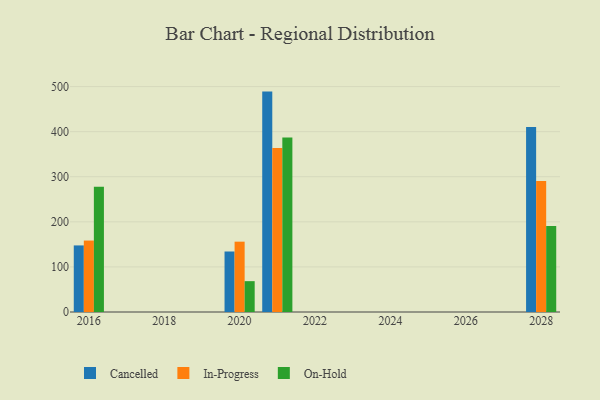
{"axis": {"x": "Year", "y": "Backlog"}, "legend": ["Cancelled", "In-Progress", "On-Hold"], "data": [{"x": "2020", "y": 134.2, "type": "Cancelled"}, {"x": "2020", "y": 156.0, "type": "In-Progress"}, {"x": "2020", "y": 68.4, "type": "On-Hold"}, {"x": "2028", "y": 410.4, "type": "Cancelled"}, {"x": "2028", "y": 290.7, "type": "In-Progress"}, {"x": "2028", "y": 190.7, "type": "On-Hold"}, {"x": "2021", "y": 488.9, "type": "Cancelled"}, {"x": "2021", "y": 363.9, "type": "In-Progress"}, {"x": "2021", "y": 387.2, "type": "On-Hold"}, {"x": "2016", "y": 147.7, "type": "Cancelled"}, {"x": "2016", "y": 158.5, "type": "In-Progress"}, {"x": "2016", "y": 277.7, "type": "On-Hold"}]}